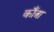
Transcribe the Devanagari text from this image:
काँत्रा